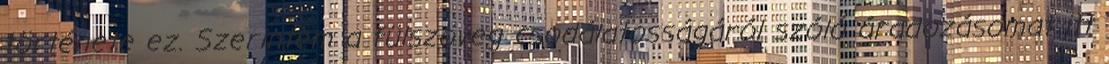
története ez. Szerintem a fülszöveg csodálatosságáról szóló áradozásomat itt